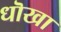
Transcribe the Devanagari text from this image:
धॊखा